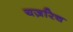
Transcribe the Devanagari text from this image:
यज़रिच